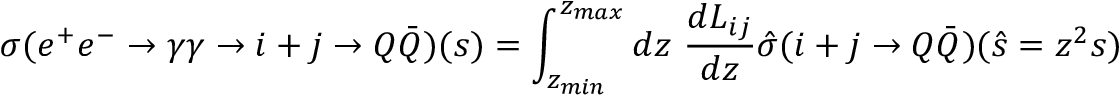
\sigma ( e ^ { + } e ^ { - } \rightarrow \gamma \gamma \rightarrow i + j \rightarrow Q \bar { Q } ) ( s ) = \int _ { z _ { m i n } } ^ { z _ { m a x } } d z ~ \frac { d L _ { i j } } { d z } \hat { \sigma } ( i + j \rightarrow Q \bar { Q } ) ( \hat { s } = z ^ { 2 } s )